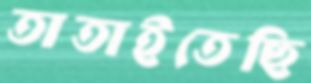
তাতাইতেছি